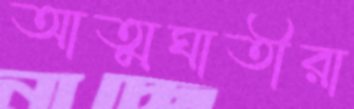
আত্মঘাতীরা